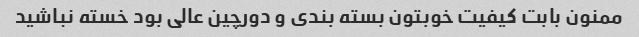
ممنون بابت کیفیت خوبتون بسته بندی و دورچین عالی بود خسته نباشید